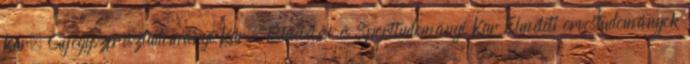
Kar, Gyógyszerésztudományi Kar, Testnevelési és Sporttudományi Kar Elméleti orvostudományok